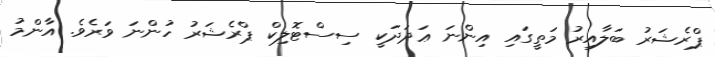
ޕްރެޝަރު ބަލާއިރު މަތީގައި އިންނަ ޢަދަދަކީ ސިސްޓޮލިކް ޕްރެޝަރު ހުންނަ ވަރެވެ. އާންމު